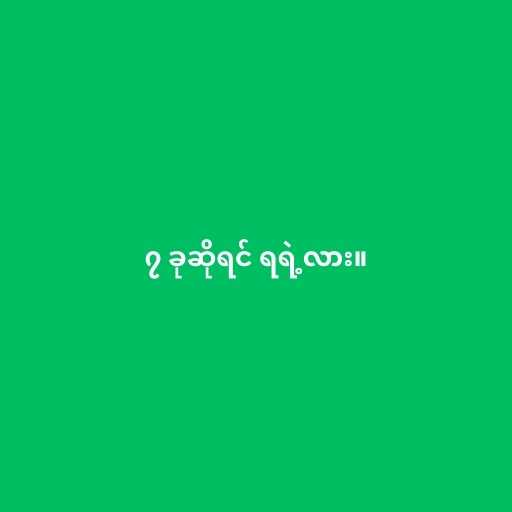
၇ ခုဆိုရင် ရရဲ့လား။